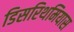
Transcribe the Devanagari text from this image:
डिसरिथमियास